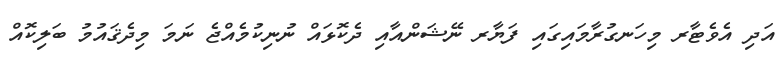
އަދި އެވެޓާރ މިހަނގުރާމައިގައި ފަޔާރ ނޭޝަންއާއި ދެކޮޅައް ނުނިކުމެއްޖެ ނަމަ މިދެޤައުމު ބަލިކޮއް